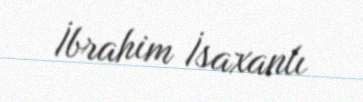
İbrahim İsaxanlı